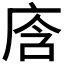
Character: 𭙞